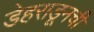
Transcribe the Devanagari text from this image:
डेहराडूनची